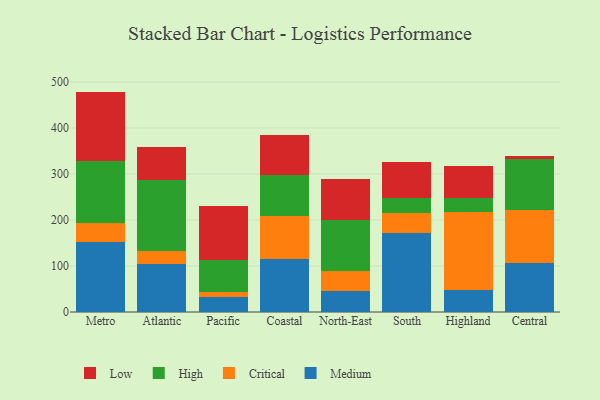
{"axis": {"x": "Region", "y": "Revenue (USD Million)"}, "legend": ["Critical", "High", "Low", "Medium"], "data": [{"x": "Metro", "y": 151.1, "type": "Medium"}, {"x": "Metro", "y": 43.1, "type": "Critical"}, {"x": "Metro", "y": 133.7, "type": "High"}, {"x": "Metro", "y": 151.1, "type": "Low"}, {"x": "Atlantic", "y": 105.4, "type": "Medium"}, {"x": "Atlantic", "y": 26.2, "type": "Critical"}, {"x": "Atlantic", "y": 155.6, "type": "High"}, {"x": "Atlantic", "y": 71.5, "type": "Low"}, {"x": "Pacific", "y": 33.1, "type": "Medium"}, {"x": "Pacific", "y": 9.8, "type": "Critical"}, {"x": "Pacific", "y": 70.6, "type": "High"}, {"x": "Pacific", "y": 117.1, "type": "Low"}, {"x": "Coastal", "y": 114.9, "type": "Medium"}, {"x": "Coastal", "y": 94.8, "type": "Critical"}, {"x": "Coastal", "y": 88.1, "type": "High"}, {"x": "Coastal", "y": 86.0, "type": "Low"}, {"x": "North-East", "y": 45.3, "type": "Medium"}, {"x": "North-East", "y": 44.0, "type": "Critical"}, {"x": "North-East", "y": 111.2, "type": "High"}, {"x": "North-East", "y": 87.9, "type": "Low"}, {"x": "South", "y": 170.7, "type": "Medium"}, {"x": "South", "y": 45.2, "type": "Critical"}, {"x": "South", "y": 32.9, "type": "High"}, {"x": "South", "y": 77.5, "type": "Low"}, {"x": "Highland", "y": 47.8, "type": "Medium"}, {"x": "Highland", "y": 169.9, "type": "Critical"}, {"x": "Highland", "y": 29.7, "type": "High"}, {"x": "Highland", "y": 70.0, "type": "Low"}, {"x": "Central", "y": 107.3, "type": "Medium"}, {"x": "Central", "y": 113.6, "type": "Critical"}, {"x": "Central", "y": 112.0, "type": "High"}, {"x": "Central", "y": 6.3, "type": "Low"}]}